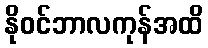
နိုဝင်ဘာလကုန်အထိ